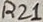
Text: R21